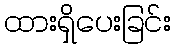
ထားရှိပေးခြင်း